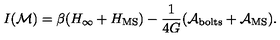
I ( { \cal M } ) = \beta ( H _ { \infty } + H _ { \mathrm { M S } } ) - \frac { 1 } { 4 G } ( { \cal A } _ { \mathrm { b o l t s } } + { \cal A } _ { \mathrm { M S } } ) .